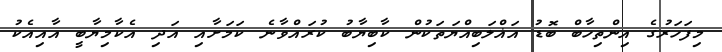
މިފަހަރުގެ އިންތިހާބް ބޮޑު އަޣްލަބިއްޔަތަކުން ކާބިޔާބު ކުރައްވާނެ ކަމަށާއި އަދި އެކާމިޔާބީ އާއިއެކު